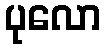
ပုလော